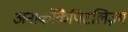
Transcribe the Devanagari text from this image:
अनार्कोकैपिटलिज़्म